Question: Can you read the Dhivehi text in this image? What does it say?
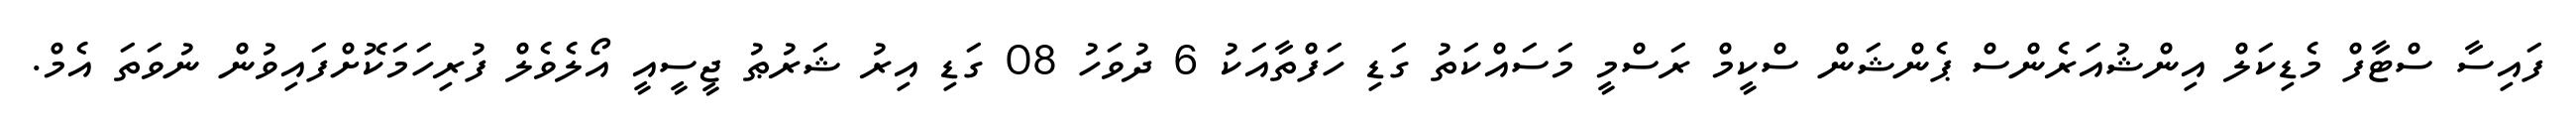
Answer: ފައިސާ ސްޓާފް މެޑިކަލް އިންޝުއަރެންސް ޕެންޝަން ސްކީމް ރަސްމީ މަސައްކަތު ގަޑި ހަފްތާއަކު 6 ދުވަހު 08 ގަޑި އިރު ޝަރުޠު ޖީސީއީ އޯލެވެލް ފުރިހަމަކޮށްފައިވުން ނުވަތަ އެމް.